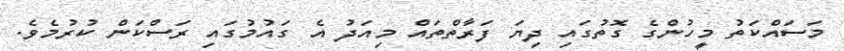
މަސައްކަތު މީހުންގެ ގޮތުގައި ދިޔަ ފަރާތްތައް މިއަދު އެ ގައުމުގައި ރަސްކަން ކުރުމެވެ.